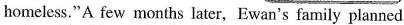
homeless." A few months later, Ewan's family planned